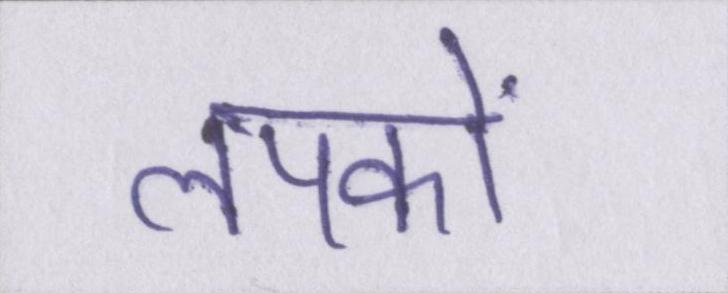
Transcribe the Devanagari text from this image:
लपकाें